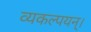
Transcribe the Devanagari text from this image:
व्यकल्पयन्।